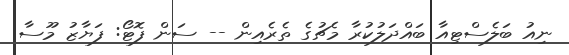
ނިއު ބަލެސްޓިއާ ބައްދަލުކުރާ މެޗުގެ ތެރެއިން -- ސަން ފޮޓޯ: ފަޔާޒު މޫސާ